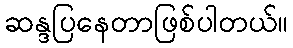
ဆန္ဒပြနေတာဖြစ်ပါတယ်။